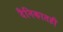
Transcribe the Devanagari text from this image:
दैनिकातही